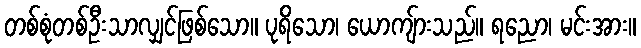
တစ်စုံတစ်ဦးသာလျှင်ဖြစ်သော။ ပုရိသော၊ ယောကျ်ားသည်။ ရညော၊ မင်းအား။